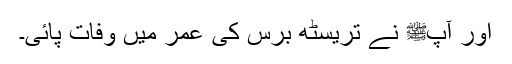
اور آپﷺ نے تریسٹھ برس کی عمر میں وفات پائی۔